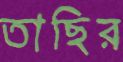
তাছির